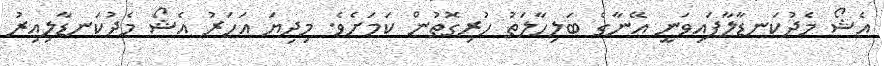
އެޝޯ މެދުކަނޑާލާފައިވަނީ އޭނާގެ ބަލިހާލަތު ހުރިގޮތުން ކަމަށެވެ. މިދިޔަ އަހަރު އެޝޯ މެދުކަނޑާލިއިރު